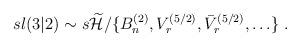
LaTeX: \begin{align*}sl(3|2) \sim s\widetilde{{\cal H}}/\{ B^{(2)}_n,V_r^{(5/2)},\bar{V}_r^{(5/2)},\ldots \} \; .\end{align*}